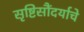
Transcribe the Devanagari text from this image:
सृष्टिसौंदर्याचे